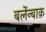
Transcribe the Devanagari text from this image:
बर्लेन्बाक़